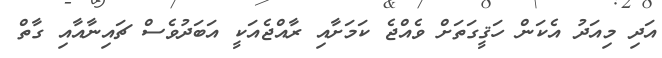
އަދި މިއަދު އެކަން ހަޤީގަތަށް ވެއްޖެ ކަމަށާއި ރާއްޖެއަކީ އަބަދުވެސް ޗައިނާއާއި ގާތް